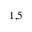
^ { 1 , 5 }